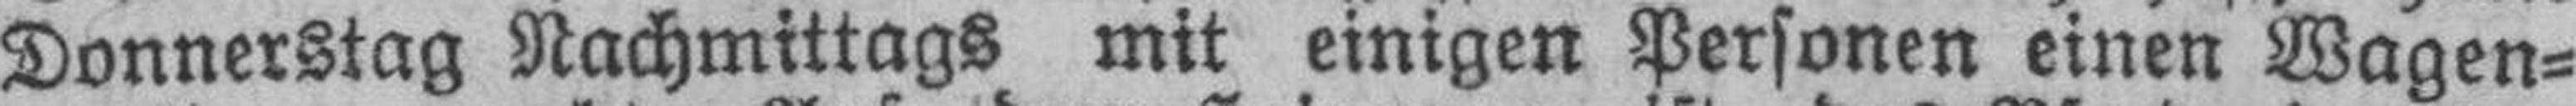
Donnerstag Nachmittags mit einigen Personen einen Wagen¬